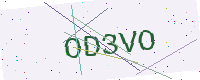
Text: OD3VO